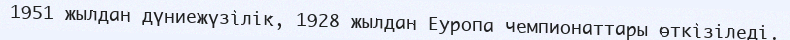
1951 жылдан дүниежүзілік, 1928 жылдан Еуропа чемпионаттары өткізіледі.